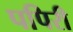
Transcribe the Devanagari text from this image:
पपिरी